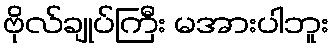
ဗိုလ်ချုပ်ကြီး မအားပါဘူး